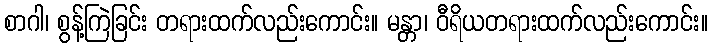
စာဂါ၊ စွန့်ကြဲခြင်း တရားထက်လည်းကောင်း။ မန္တာ၊ ဝီရိယတရားထက်လည်းကောင်း။